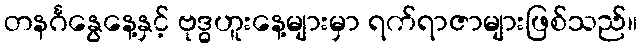
တနင်္ဂနွေနေ့နှင့် ဗုဒ္ဓဟူးနေ့များမှာ ရက်ရာဇာများဖြစ်သည်။